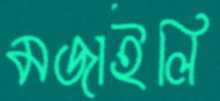
মজাইলি